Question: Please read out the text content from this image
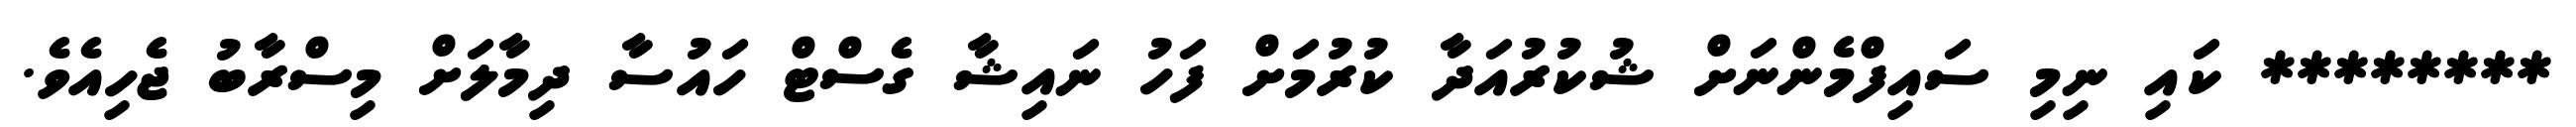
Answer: ******** ކައި ނިމި ސައިފްމެންނަށް ޝުކުރުއަދާ ކުރުމަށް ފަހު ނައިޝާ ގެސްޓް ހައުސާ ދިމާލަށް މިސްރާބު ޖެހިއެވެ.